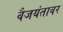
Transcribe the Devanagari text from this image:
वैजयंतावर